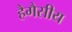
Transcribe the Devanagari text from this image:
हैगैसीय